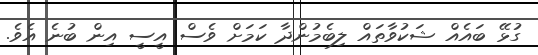
ގުޅޭ ބައެއް ޝަކުވާތައް ލިބެމުންދާ ކަމަށް ވެސް އީސީ އިން ބުނެ އެވެ.